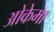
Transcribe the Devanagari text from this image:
ओकेमा